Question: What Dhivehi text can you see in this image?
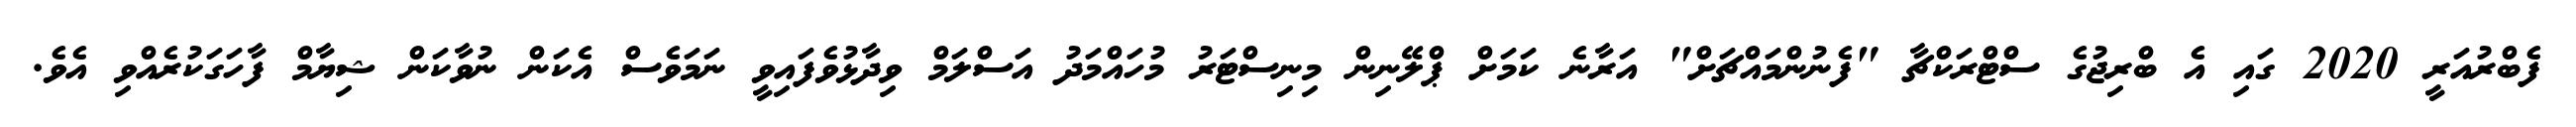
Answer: ފެބްރުއަރީ 2020 ގައި އެ ބްރިޖުގެ ސްޓްރަކްޗާ "ފެނުންމައްޗަށް" އަރާނެ ކަމަށް ޕްލޭނިން މިނިސްޓަރު މުހައްމަދު އަސްލަމް ވިދާޅުވެފައިވީ ނަމަވެސް އެކަން ނުވާކަން ޝިޔާމް ފާހަގަކުރެއްވި އެވެ.